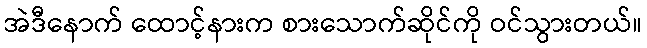
အဲဒီနောက် ထောင့်နားက စားသောက်ဆိုင်ကို ဝင်သွားတယ်။